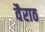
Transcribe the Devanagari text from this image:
वैराठ